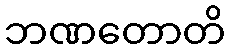
ဘဏတောတိ